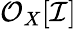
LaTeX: {\mathcal{O}}_{X}[{\mathcal{I}}]